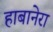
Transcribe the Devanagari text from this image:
हाबानेरा